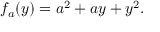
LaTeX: f _ { a } ( y ) = a ^ { 2 } + a y + y ^ { 2 } .